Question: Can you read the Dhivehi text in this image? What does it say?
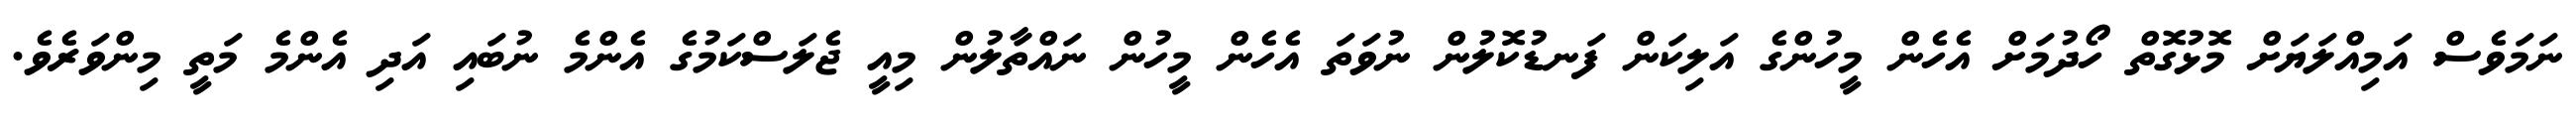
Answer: ނަމަވެސް އަމިއްލަޔަށް މޮޅުގޮތް ހޯދުމަށް އެހެން މީހުންގެ އަލިކަން ފަނޑުކޮލުން ނުވަތަ އެހެން މީހުން ނައްތާލުން މިއީ ޖެލަސްކަމުގެ އެންމެ ނުބައި އަދި އެންމެ މަތީ މިންވަރެވެ.